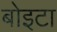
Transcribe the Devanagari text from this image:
बोइटा